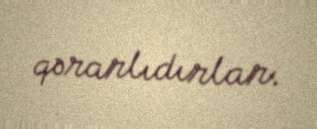
qərarlıdırlar.